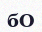
бО